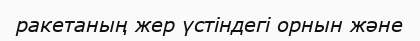
ракетаның жер үстіндегі орнын және